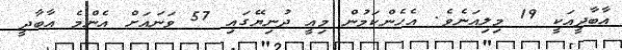
އާބާދީއަކީ 19 މިލިއަނެވެ. އެހެންކަމުން މިއީ ދުނިޔޭގައި 57 ވަނައަށް އެންމެ އާބާދީ